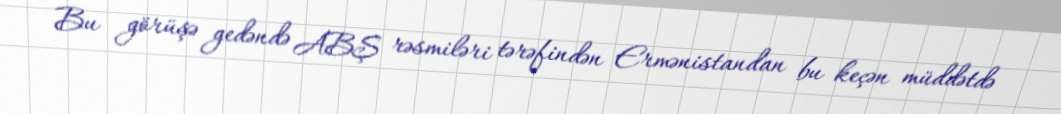
Bu görüşə gedəndə ABŞ rəsmiləri tərəfindən Ermənistandan bu keçən müddətdə